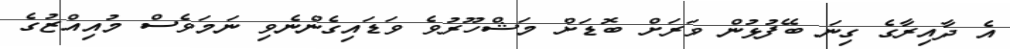
އެ ދާއިރާގެ ގިނަ ބޭފުޅުން ވަރަށް ބޮޑަށް މަޝްހޫރުވެ ވަޑައިގެންނެވި ނަމަވެސް މުއިއްޒުގެ